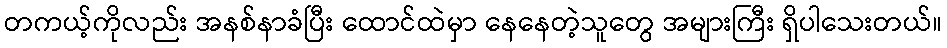
တကယ့်ကိုလည်း အနစ်နာခံပြီး ထောင်ထဲမှာ နေနေတဲ့သူတွေ အများကြီး ရှိပါသေးတယ်။